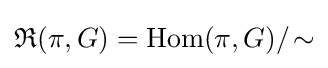
{\mathfrak {R}}(\pi ,G)=\operatorname {Hom} (\pi ,G)/\!\sim